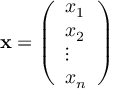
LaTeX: \mathbf { x } = { \left( \begin{array} { l } { x _ { 1 } } \\ { x _ { 2 } } \\ { \vdots } \\ { x _ { n } } \end{array} \right) }